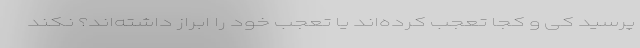
پرسید کی و کجا تعجب کرده‌اند یا تعجب خود را ابراز داشته‌اند؟ نکند